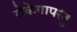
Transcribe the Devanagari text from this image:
रोकेगापरंतु